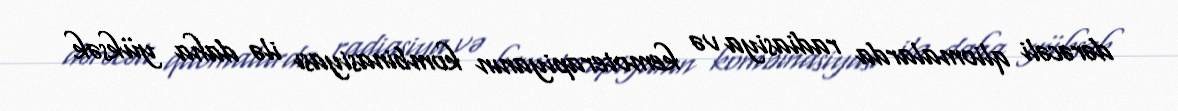
dərəcəli qliomalarda radiasiya və kemoterapiyanın kombinasiyası ilə daha yüksək